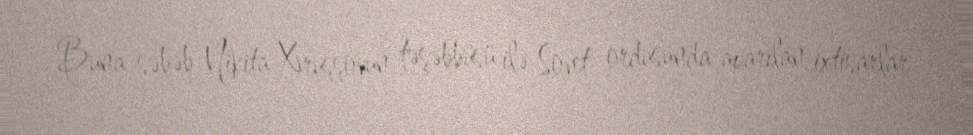
Buna səbəb Nikita Xruşşovun təşəbbüsü ilə Sovet ordusunda aparılan ixtisarlar